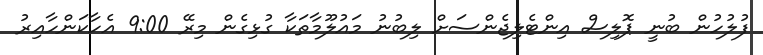
ފުލުހުން ބުނީ ޕޮލިސް އިންޓެލިޖެންސަށް ލިބުނު މައުލޫމާތަކާ ގުޅިގެން މިރޭ 9:00 އެހާކަންހާއިރު